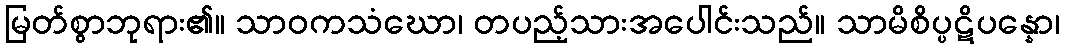
မြတ်စွာဘုရား၏။ သာဝကသံဃော၊ တပည့်သားအပေါင်းသည်။ သာမိစိပ္ပဋိပန္နော၊